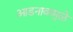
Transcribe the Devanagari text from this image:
आडनावामुळे